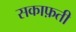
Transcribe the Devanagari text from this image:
सकाफ़ती